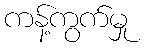
ကန့်ကွက်မှု